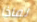
لماذا